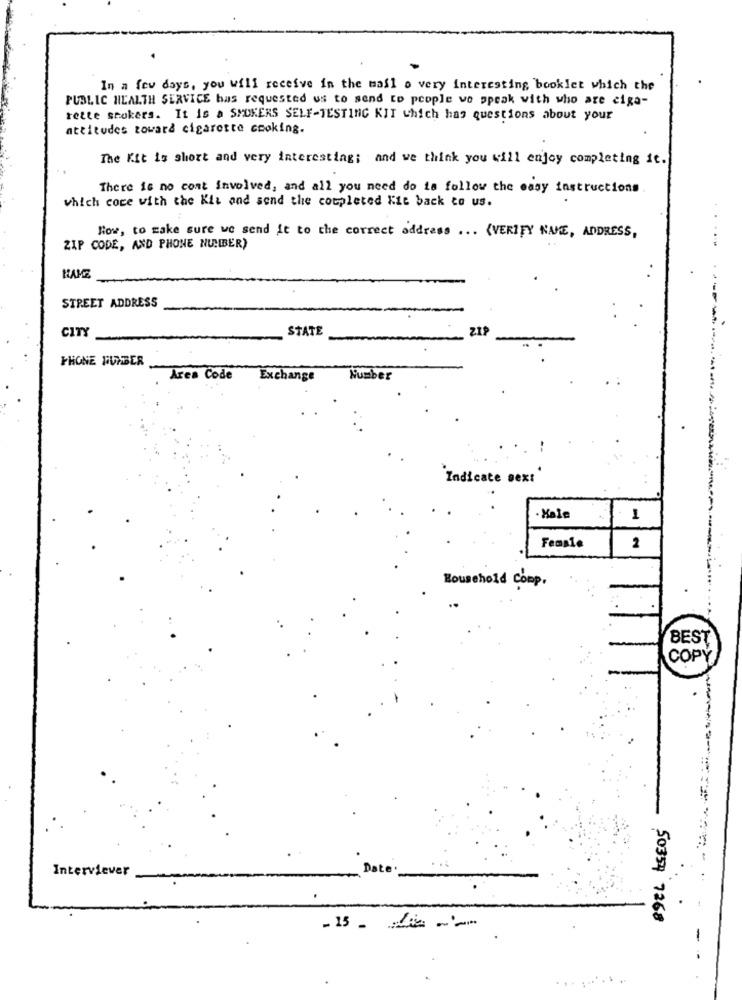
In a few days, you will receive in the mall a very interesting booklet which the
PUBLIC HEALTH SERVICE bas requested us to send to people we speak with who are ciga-
rette smokers. It is a SMOKERS SELF-TESTING KIT which has questions about your
attitudes toward cigarette cooking.
The Kit is short and very interesting; and we think you will enjoy completing it.
There is no cont involved, and all you need do is follow the easy instructions
which coce with the Kit and send the completed Kit back to us.
How, to make sure we send it to the correct address ... (VERIFY NAME, ADDRESS,
ZIP CODE, AND PHONE NUMBER)
....
STREET ADDRESS
CITY
STATE
PHONE NUMBER
Area Code
Exchange
Number
Indicate sext
·Kale
1
Femsie
2
Household Comp.
BEST
COPY
Interviever
50354 7268
-------------
...